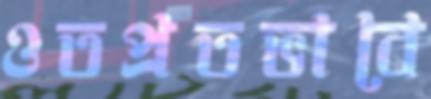
ওতপ্রতভাবে